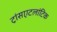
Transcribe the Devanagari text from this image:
ट्रांसएटलांटिक